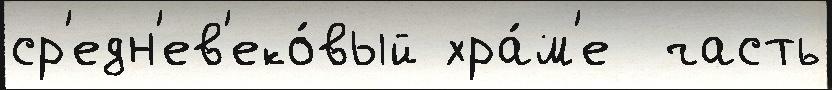
ср'едн'ев'еко́вый хра́м'е  часть